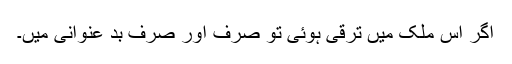
اگر اس ملک میں ترقی ہوئی تو صرف اور صرف بد عنوانی میں۔